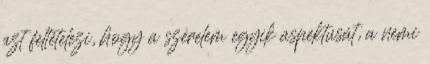
azt feltételezi, hogy a szerelem egyik aspektusát, a nemi